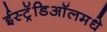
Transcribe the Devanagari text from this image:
ईस्ट्रॅडिऑलमधे